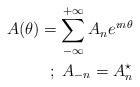
LaTeX: \begin{align*}A(\theta) = \sum_{-\infty}^{+\infty} A_n e^{\imath n \theta}\\;\;A_{-n} = A_n^{\star}\end{align*}